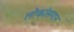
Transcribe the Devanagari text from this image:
लोकांसमान